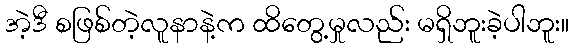
အဲ့ဒီ စဖြစ်တဲ့လူနာနဲ့က ထိတွေ့မှုလည်း မရှိဘူးခဲ့ပါဘူး။